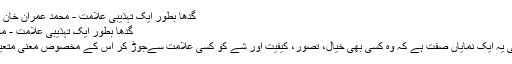
گدھا بطور ایک تہذیبی علامت - محمد عمران خان - Daleel.Pk
گدھا بطور ایک تہذیبی علامت - محمد عمران خان
انسانی شعور کی یہ ایک نمایاں صفت ہے کہ وہ کسی بھی خیال، تصور، کیفیت اور شے کو کسی علامت سےجوڑ کر اس کے مخصوص معنی متعین کر سکتا ہے۔